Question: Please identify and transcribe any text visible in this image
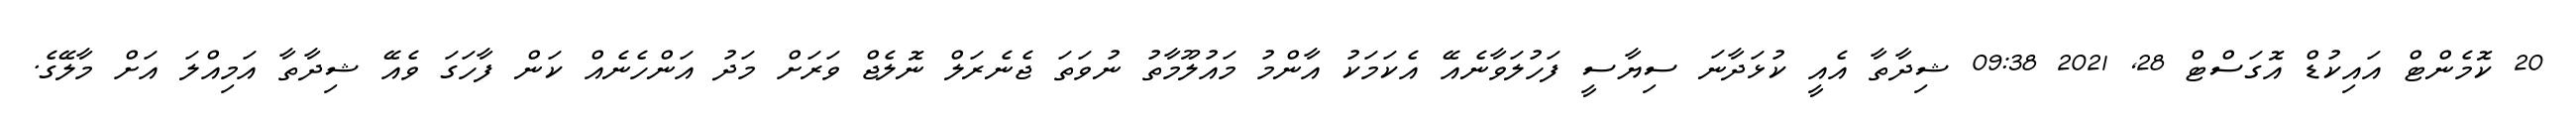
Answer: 20 ކޮމެންޓް އައިކުޑް އޮގަސްޓް 28, 2021 09:38 ޝިދާތާ އެއީ ކުޅަދާނަ ސިޔާސީ ފަހުލަވާނެއޭ އެކަމަކު އާންމު މައުލޫމާތު ނުވަތަ ޖެނެރަލް ނޮލެޖް ވަރަށް މަދު އަންހެނެއް ކަން ފާހަގަ ވެއޭ ޝިދާތާ އަމިއްލަ އަށް މާލޭގެ.